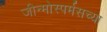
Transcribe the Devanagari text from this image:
जीन्मोस्पर्मसच्या